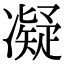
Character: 凝